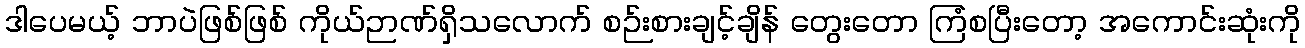
ဒါပေမယ့် ဘာပဲဖြစ်ဖြစ် ကိုယ်ဉာဏ်ရှိသလောက် စဉ်းစားချင့်ချိန် တွေးတော ကြံစပြီးတော့ အကောင်းဆုံးကို